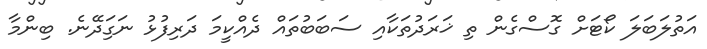
އަތުލަބަލަ ކޯޓަށް ގޮސްގެން ތި ޚަރަދުތަކާއި ސަބަބުތައް ދެއްކީމަ ދަރިފުޅު ނަގަިދޭނެ. ބިންމާ